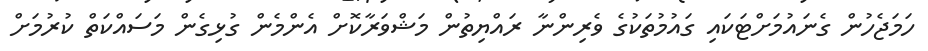
ހަމަޖެހުން ގެނައުމަށްޓަކައި ގައުމުތަކުގެ ވެރިންނާ ރައްޔިތުން މަޝްވަރާކޮށް އެންމެން ގުޅިގެން މަަސައްކަތް ކުރުމަށް